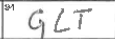
Transcription: GLT